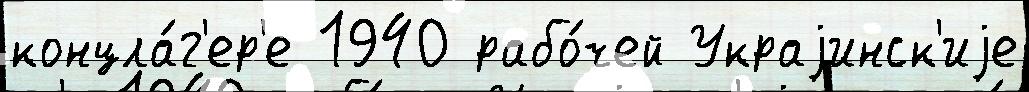
концла́г'ер'е 1940 рабо́чей Украjинск'иjе